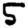
Digit: 5